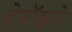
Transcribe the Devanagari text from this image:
हेरॉडने